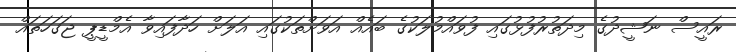
ރައީސް ނަޝީދުގެ މިދަތުރުފުޅުގައި ފުވައްމުލަކުގެ ބައެއް އަވަށްތަކުގައި އަލަށް ހަދާފައިވާ އެމްޑީޕީ ޖަގަހަތައް